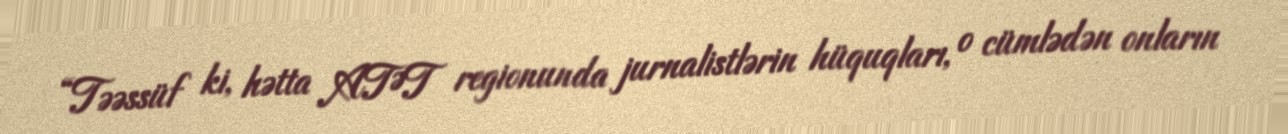
“Təəssüf ki, hətta ATƏT regionunda jurnalistlərin hüquqları, o cümlədən onların